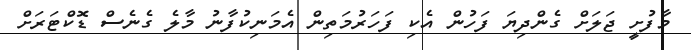
މާފުށީ ޖަލަށް ގެންދިޔަ ފަހުން އެކި ފަހަރުމަތިން އެމަނިކުފާނު މާލެ ގެނެސް ޑޮކްޓަރަށް